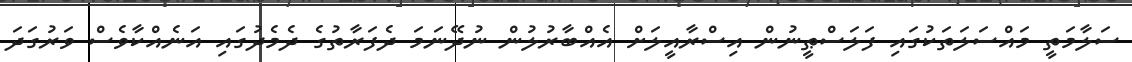
ސަލާމަތީ މައްސަލަތަކުގައި ފަލަސްޠީނުން އިސްރާއީލަށް އެއްބާރުލުން ނުދޭނަމަ ދެފަރާތުގެ ދެމެދުގައި އަނެއްކާވެސް ވަރުގަދަ